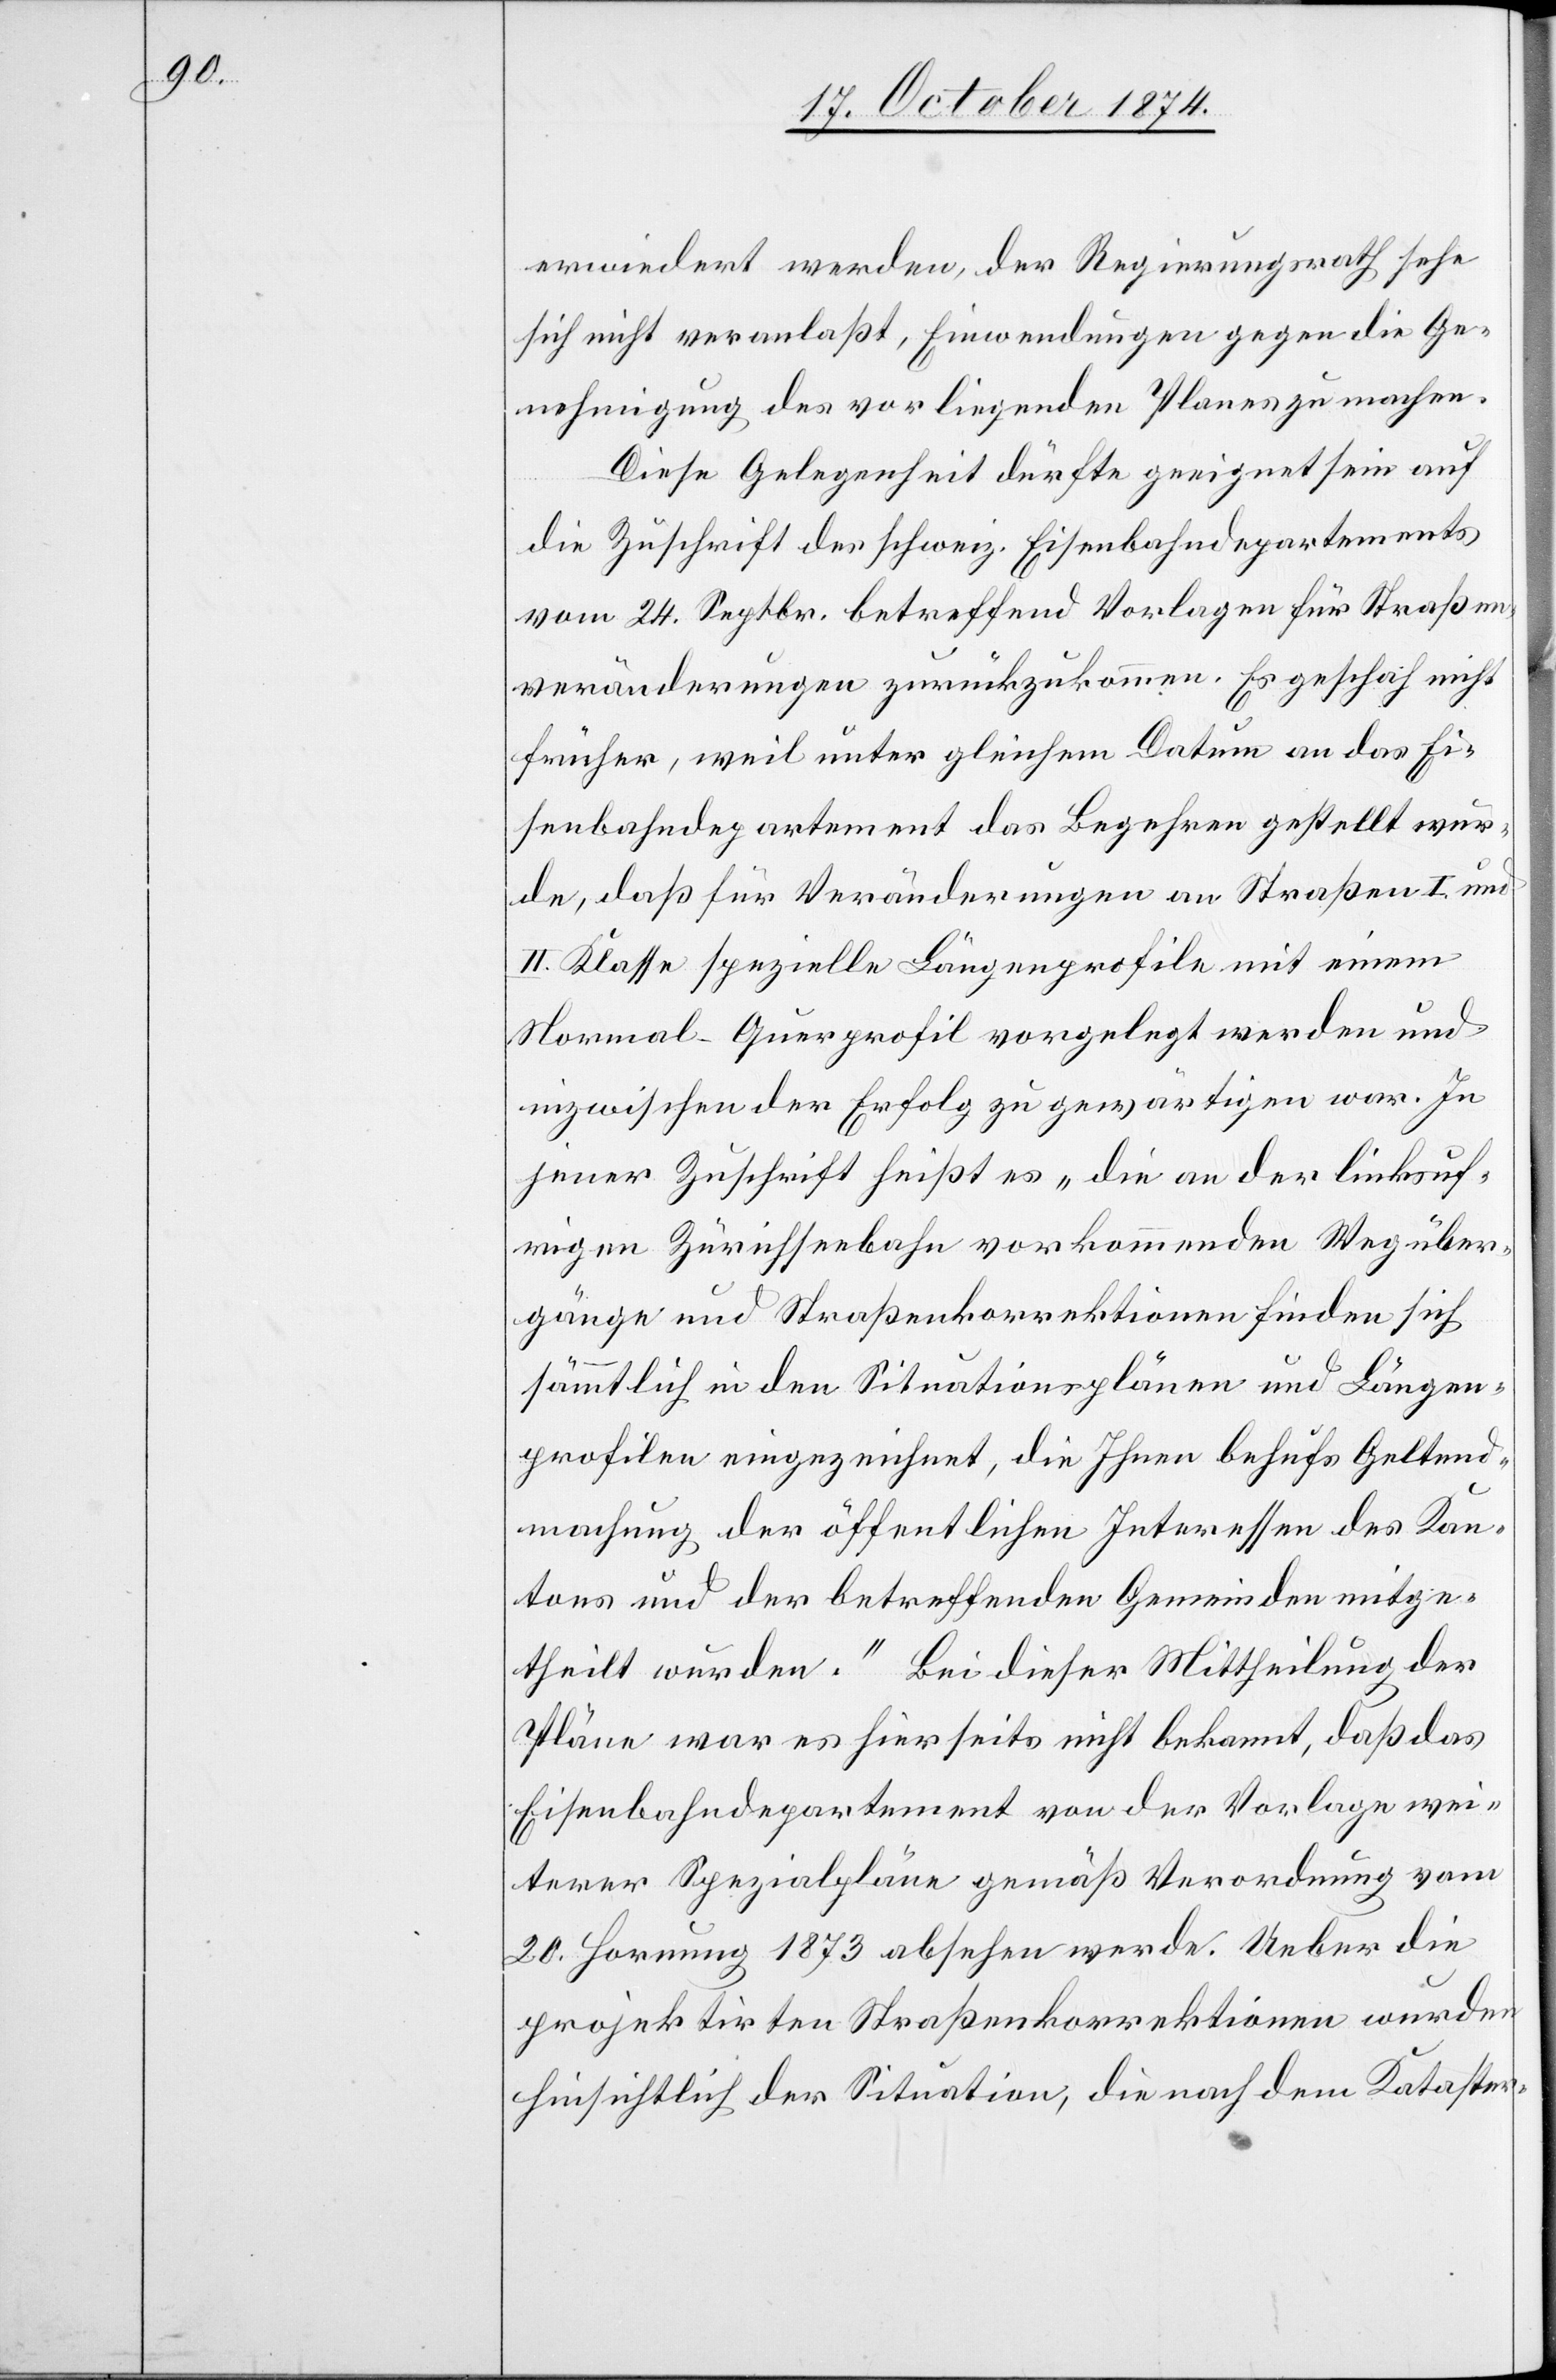
erwiedert werden, der Regierungsrath sehe
sich nicht veranlaßt, Einwendungen gegen die Ge¬
nehmigung des vorliegenden Planes zu machen.
Diese Gelegenheit dürfte geeignet sein auf
die Zuschrift des schweiz. Eisenbahndepartements
vom 24. Septbr. betreffend Vorlagen für Straßen¬
veränderungen zurückzukommen. Es geschah nicht
früher, weil unter gleichem Datum an das Ei¬
senbahndepartement das Begehren gestellt wur¬
de, daß für Veränderungen an Straßen I. und
II. Klasse spezielle Längenprofile mit einem
Normal-Querprofil vorgelegt werden und
inzwischen der Erfolg zu gewärtigen war. In
jener Zuschrift heißt es „die an der linksuf¬
rigen Zürichseebahn vorkommenden Wegüber¬
gänge und Straßenkorrektionen finden sich
sämmtlich in den Situationsplänen und Längen¬
profilen eingezeichnet, die Ihnen behufs Geltend¬
machung der öffentlichen Interessen des Kan¬
tons und der betreffenden Gemeinden mitge¬
theilt wurden.“ Bei dieser Mittheilung der
Pläne war es hierseits nicht bekannt, daß das
Eisenbahndepartement von der Vorlage wei¬
terer Spezialpläne gemäß Verordnung vom
20. Hornung 1873 absehen werde. Ueber die
projektirten Straßenkorrektionen wurden
hinsichtlich der Situation, die nach dem Kataster-